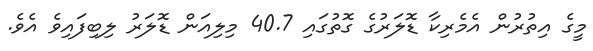
މީގެ އިތުރުން އެމެރިކާ ޑޮލަރުގެ ގޮތުގައި 40.7 މިލިއަން ޑޮލަރު ލިބިފައިވެ އެވެ.